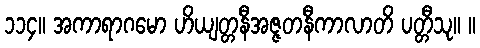
၁၁၄။ အကာရာဂမော ဟိယျတ္တနီအဇ္ဇတနီကာလာတိ ပတ္တီသု။ ။